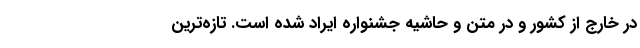
در خارج از کشور و در متن و حاشیه جشنواره ایراد شده است. تازه‌ترین